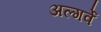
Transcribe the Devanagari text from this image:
अल्गर्वे